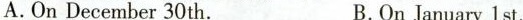
A.OnDecember 30th. B.On January 1 st.